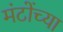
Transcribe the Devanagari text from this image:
मंटोंच्या